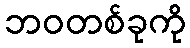
ဘဝတစ်ခုကို